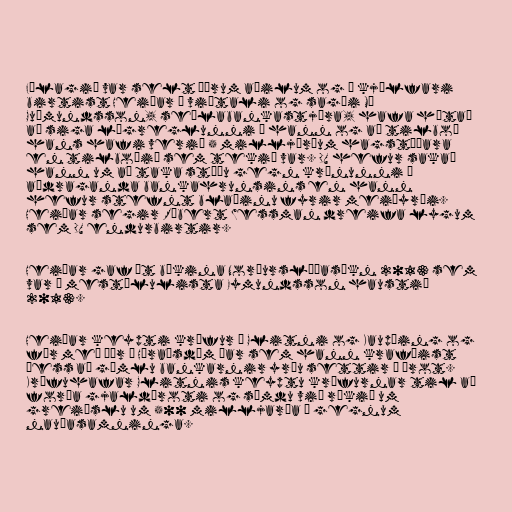
Félagið var selt öðrum aðilum og í kjölfari
birtist Heiðar í viðtali og sagði Má
Guðmundsson, seðlabankastjóra, hafa hótað
að siga lögreglunni á hann og að tilboð
hans hafi verið 5 milljörðum hagstæðara
en tilboðið sem tekið var. DV hefur sakað
hann um að taka stöðu gegn krónunni í
aðdraganda bankahrunsins en hann
hefur stefnt blaðinu fyrir meiðyrði.
Heiðar segir Róbert Wessman dreifa lygum
sem DV endurbirtir.

Heiðar gaf út bókina Norðurslóðasókn 2013 sem
var á mestölulista Eymundsson haustið
2013.

Heiðar keypti kröfur á Glitni og Kaupþing og
fór með þær í Héraðsdóm þar sem hann krafðist
þess að gömlu bankarnir yrðu settir í þrot.
Kröfuhafar Glitnis keyptu kröfurnar til að
forða gjaldþroti og sömdu við ríkið um
greiðslu um 500 milljarða í gegnum
nauðasamninga.